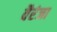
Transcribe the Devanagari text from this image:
वैरंजा